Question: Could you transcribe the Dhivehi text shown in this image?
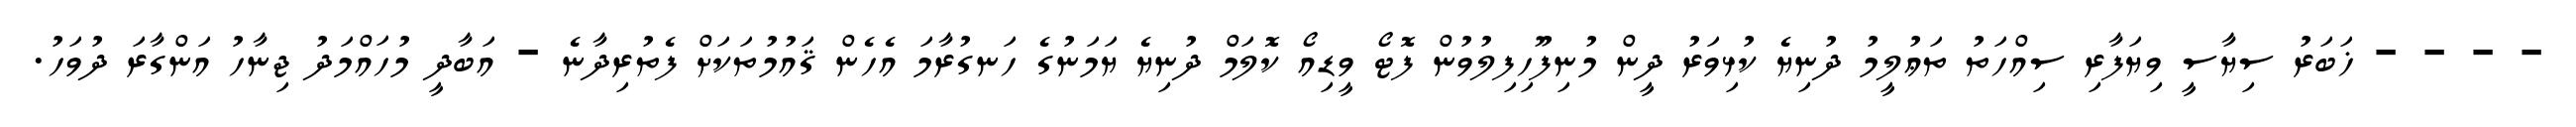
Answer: - - - - ޚަބަރު ސިޔާސީ ވިޔަފާރި ސިއްހަތު ތަޢުލީމު ދުނިޔެ ކުޅިވަރު ދީން މުނިފޫހިފިލުވުން ފޮޓޯ ވީޑިއޯ ކޮލަމް ދުނިޔެ ޔަމަނުގެ ހަނގުރާމަ އެހެން ޤައުމުތަކަށް ފެތުރިދާނެ - އަބާދީ މުހައްމަދު ޖިނާހު އަންގާރަ ދުވަހު.